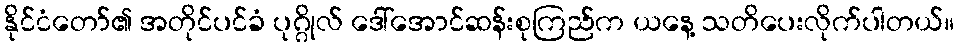
နိုင်ငံတော်၏ အတိုင်ပင်ခံ ပုဂ္ဂိုလ် ဒေါ်အောင်ဆန်းစုကြည်က ယနေ့ သတိပေးလိုက်ပါတယ်။